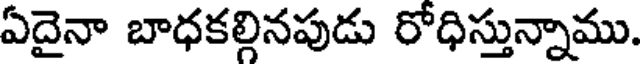
ఏదైనా బాధకల్గినపుడు రోధిస్తున్నాము.